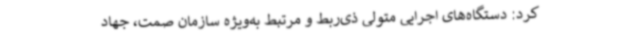
کرد: دستگاه‌های اجرایی متولی ذی‌ربط و مرتبط به‌ویژه سازمان صمت، جهاد